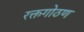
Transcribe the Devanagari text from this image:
रक्तगोठण